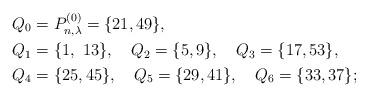
LaTeX: \begin{align*}&Q_0=P_{n,\lambda}^{(0)}=\{21,49\},\\&Q_1=\{1,~13\},~~~Q_2=\{5,9\},~~~Q_3=\{17,53\},\\&Q_4=\{25,45\},~~~Q_5=\{29,41\},~~~Q_6=\{33,37\};\end{align*}